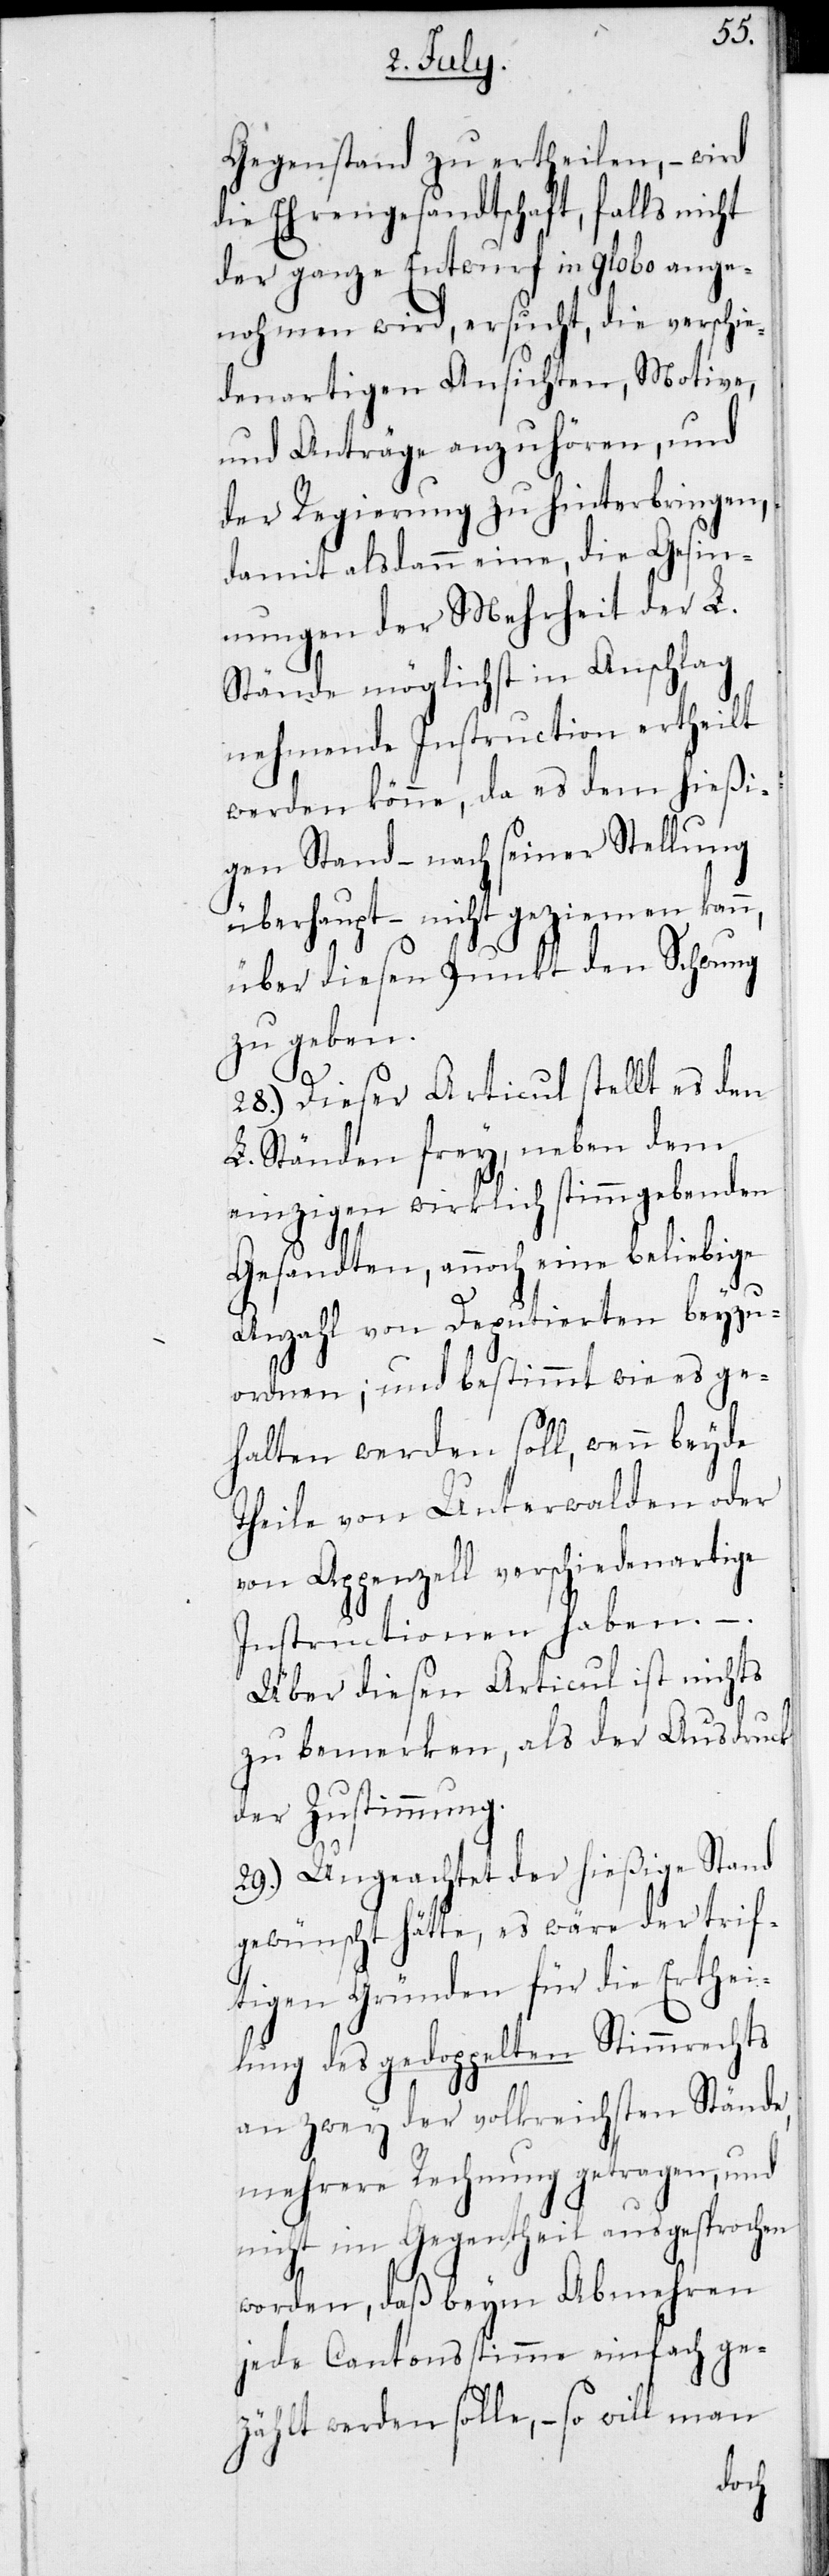
Gegenstand zu ertheilen, – wird
die Ehrengesandtschaft, falls nicht
der ganze Entwurf in globo ange¬
nohmen wird, ersucht, die verschie¬
denartigen Ansichten, Motive,
und Anträge anzuhören, und
der Regierung zu hinterbringen,
damit als dann eine, die Gesin¬
nungen der Mehrheit der L.
Stände möglichst in Anschlag
nehmende Instruction ertheilt
werden könne, da es dem hießi¬
gen Stand – nach seiner Stellung
überhaupt – nicht geziemen kan¬
über diesen Punkt den Schwung
zu geben.
28.) Dieser Articul stellt es den
L. Ständen frey, neben dem
einzigen wirklich stimmgebenden
n,
Gesandten, annoch eine beliebige
Anzahl von Deputierten beyzu¬
ordnen; und bestimmt wie es ge¬
halten werden soll, wenn beyde
Theile von Unterwalden oder
von Appenzell verschiedenartige
Instructionen haben. –
Über diesen Articul ist nichts
zu bemerken, als der Ausdruck
der Zustimmung.
29.) Ungeachtet der hießige Stand
gewünscht hätte, es wäre der trif¬
tigen Gründen für die Erthei¬
lung des gedoppelten Stimmrechts
an zwey der volkreichsten Stände,
mehrere Rechnung getragen, und
nicht im Gegentheil ausgesprochen
worden, daß beym Abnehmen
jede Cantonsstimme einfach ge¬
zählt werden solle, – so will man